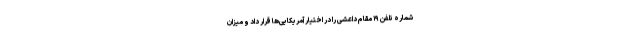
شماره تلفن ۱۹ مقام داعشی را در اختیار آمریکایی‌ها قرار داد و میزان